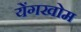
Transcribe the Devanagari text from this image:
येंगखोम